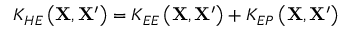
K _ { H E } \left( \mathbf { X } , \mathbf { X } ^ { \prime } \right) = K _ { E E } \left( \mathbf { X } , \mathbf { X } ^ { \prime } \right) + K _ { E P } \left( \mathbf { X } , \mathbf { X } ^ { \prime } \right)